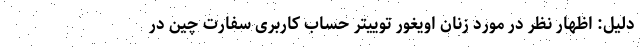
دلیل: اظهار نظر در مورد زنان اویغور توییتر حساب کاربری سفارت چین در